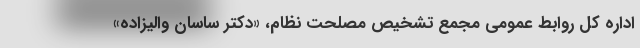
اداره کل روابط عمومی مجمع تشخیص مصلحت نظام، «دکتر ساسان والیزاده»